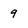
Character: 9